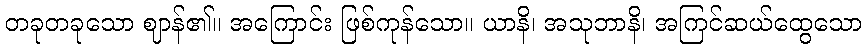
တခုတခုသော ဈာန်၏။ အကြောင်း ဖြစ်ကုန်သော။ ယာနိ၊ အသုဘာနိ၊ အကြင်ဆယ်ထွေသော